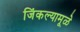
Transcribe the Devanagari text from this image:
जिंकल्यामूळे